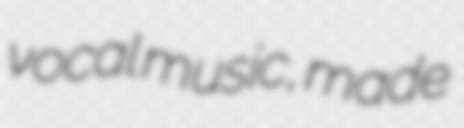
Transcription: vocal music, made